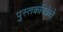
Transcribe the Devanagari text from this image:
पुस्तकविक्रेते